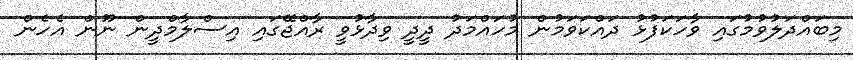
މިބައްދަލުވުމުގައި ވާހަކަފުޅު ދައްކަވަމުން މުހައްމަދު ދީދީ ވިދާޅުވީ ރާއްޖޭގައި އިސްލާމްދީން ނޫން އެހެން